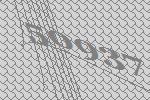
50937